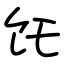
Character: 饦